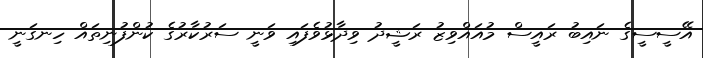
އޭސީސީގެ ނައިބު ރައީސް މުއައްވިޒު ރަޝީދު ވިދާޅުވެފައި ވަނީ ސަރުކާރުގެ ކުންފުނިތައް ހިނގަނީ